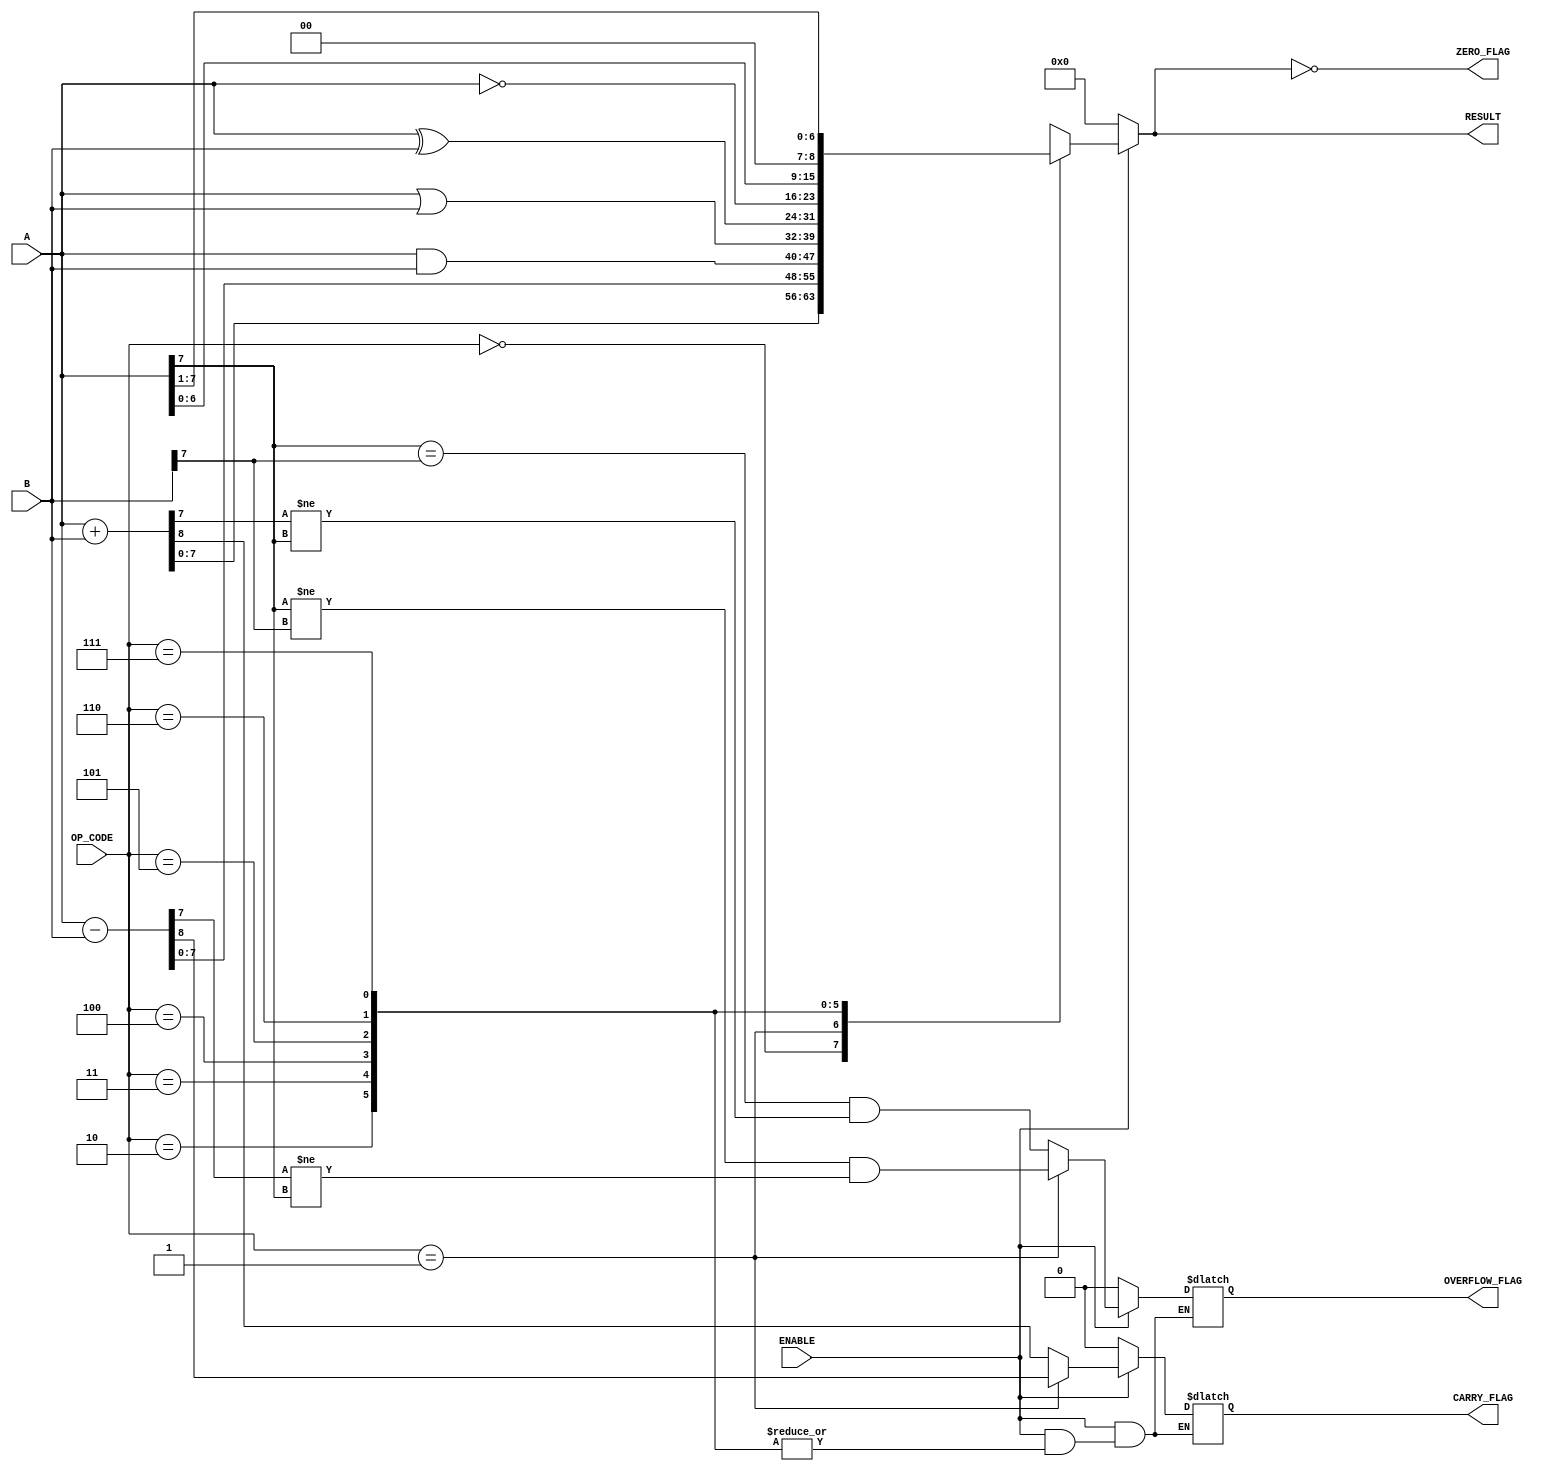
module parameterized_alu #(
    parameter DATA_WIDTH = 8,          // Width of input/output data buses
    parameter OPERATION_MODE = 3'b111   // Number of operations supported (e.g., 3'b111 for 8 operations)
)(
    input  wire [DATA_WIDTH-1:0] A,    // Input operand A
    input  wire [DATA_WIDTH-1:0] B,    // Input operand B
    input  wire [2:0] OP_CODE,          // Control signal for operation selection
    input  wire ENABLE,                  // Enable signal
    output reg [DATA_WIDTH-1:0] RESULT, // Output of the ALU
    output reg ZERO_FLAG,               // Zero flag
    output reg CARRY_FLAG,              // Carry flag
    output reg OVERFLOW_FLAG             // Overflow flag
);

    always @(*) begin
        if (ENABLE) begin
            case (OP_CODE)
                3'b000: begin // ADD
                    {CARRY_FLAG, RESULT} = A + B; // CARRY_FLAG is the carry out
                    OVERFLOW_FLAG = (A[DATA_WIDTH-1] == B[DATA_WIDTH-1]) && (RESULT[DATA_WIDTH-1] != A[DATA_WIDTH-1]);
                end
                3'b001: begin // SUB
                    {CARRY_FLAG, RESULT} = A - B; // CARRY_FLAG is the borrow out
                    OVERFLOW_FLAG = (A[DATA_WIDTH-1] != B[DATA_WIDTH-1]) && (RESULT[DATA_WIDTH-1] != A[DATA_WIDTH-1]);
                end
                3'b010: RESULT = A & B;          // AND
                3'b011: RESULT = A | B;          // OR
                3'b100: RESULT = A ^ B;          // XOR
                3'b101: RESULT = ~A;             // NOT A
                3'b110: RESULT = A << 1;         // Shift Left
                3'b111: RESULT = A >> 1;         // Shift Right
                default: RESULT = 0;             // Default case
            endcase
        end else begin
            RESULT = 0; // Default state when NOT enabled
            CARRY_FLAG = 0;
            OVERFLOW_FLAG = 0;
        end

        // Update ZERO_FLAG
        ZERO_FLAG = (RESULT == 0);
    end

endmodule